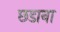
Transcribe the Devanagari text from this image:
छडाना